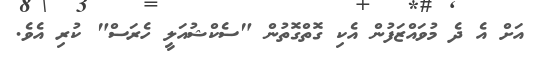
އަށް އެ ދެ މުވައްޒަފުން އެކި ގޮތްގޮތުން "ސެކްޝުއަލީ ހެރަސް" ކުރި އެވެ.